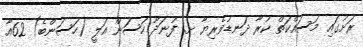
ރަށުގައި މަސައްކަތް ކުރާ ދަނޑުވެރިޔާ ށ. ފުނަދޫ ހަސަން އަލީ (ހަސަންބެ) 62އާ